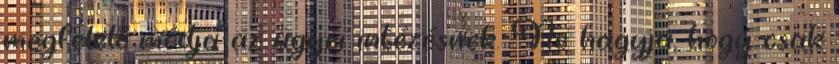
megfelelő módja az ügyei intézésnek. Ne hagyja, hogy csak